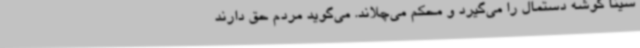
سینا گوشه دستمال را می‌گیرد و محکم می‌چلاند. می‌گوید مردم حق دارند